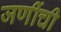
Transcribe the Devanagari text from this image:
जणींची